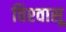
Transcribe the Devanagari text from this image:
विश्‍वासू